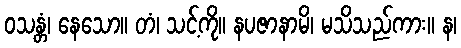
ဝသန္တံ၊ နေသော။ တံ၊ သင့်ကို။ နပဇာနာမိ၊ မသိသည်ကား။ န၊